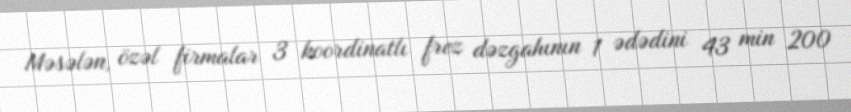
Məsələn, özəl firmalar 3 koordinatlı frez dəzgahının 1 ədədini 43 min 200